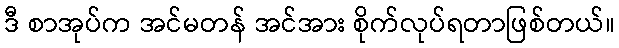
ဒီ စာအုပ်က အင်မတန် အင်အား စိုက်လုပ်ရတာဖြစ်တယ်။